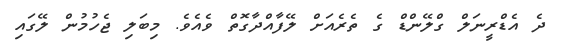
ދެ އެޑްރީނަލް ގްލޭންޑް ގެ ތެރެއަށް ލޭފާއްދާގޮތް ވެއެވެ. މިބަލި ޖެހުމުން ލޭގައި